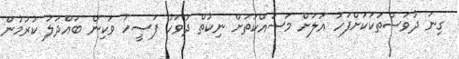
ގިނަ ދުވަސްތަކަކަށްފަހު އަލަށް މަސައްކަތަށް ނިކުތް ދުވަހު ފަޞީހު ވަކިން ބައްދަލު ކުރުމުން